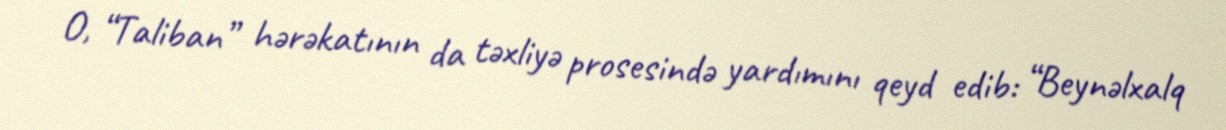
O, “Taliban” hərəkatının da təxliyə prosesində yardımını qeyd edib: “Beynəlxalq